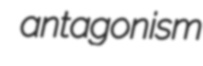
antagonism